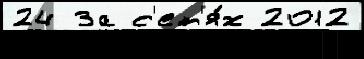
24 За с'ет'я́х 2012